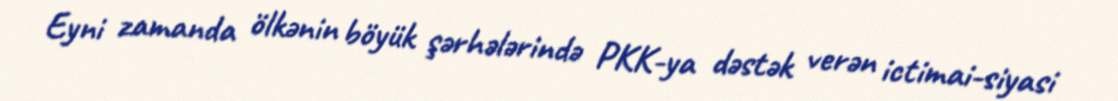
Eyni zamanda ölkənin böyük şərhələrində PKK-ya dəstək verən ictimai-siyasi